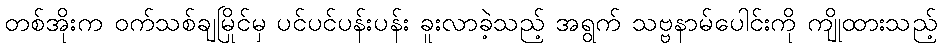
တစ်အိုးက ဝက်သစ်ချမြိုင်မှ ပင်ပင်ပန်းပန်း ခူးလာခဲ့သည့် အရွက် သဗ္ဗနာမ်ပေါင်းကို ကျိုထားသည့်